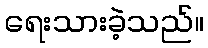
ရေးသားခဲ့သည်။